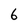
Character: 6